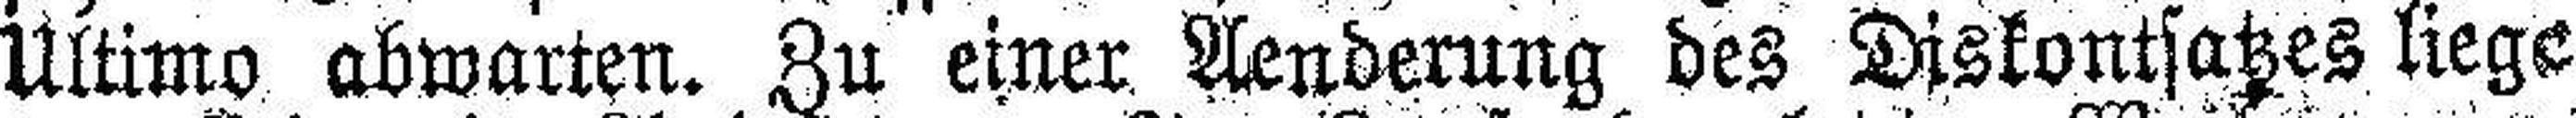
Ultimo abwarten. Zu einer Aenderung des Diskontsatzes liege